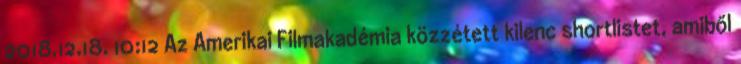
2018.12.18. 10:12 Az Amerikai Filmakadémia közzétett kilenc shortlistet, amiből